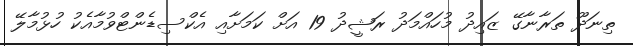
ތިނަދޫ ތަރާނާގޭ ޒައިދު މުހައްމަދު ރަޝީދު 19 އަށް ކަމަށާއި އެކްސިޑެންޓްވުމާއެކު ހުޅުމާލޭ